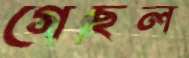
গেছল